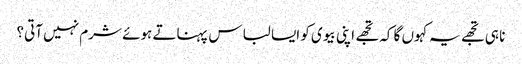
نا ہی تجھے یہ کہوں گا کہ تجھے اپنی بیوی کو ایسا لباس پہناتے ہوئے شرم نہیں آتی؟